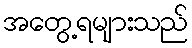
အတွေ့ရများသည်